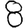
Digit: 8